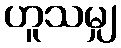
ဟူသမျှ